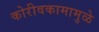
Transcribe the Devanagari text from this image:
कोरीवकामामुळे